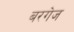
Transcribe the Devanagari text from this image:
बरगेज